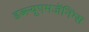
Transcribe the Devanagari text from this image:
डब्ल्यूएमजेंनिंग्स